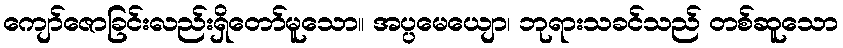
ကျော်ဇောခြင်းလည်းရှိတော်မူသော။ အပ္ပမေယျော၊ ဘုရားသခင်သည် တစ်ဆူသော